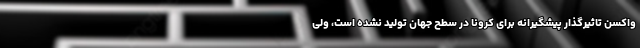
واکسن تاثیرگذار پیشگیرانه برای کرونا در سطح جهان تولید نشده است، ولی